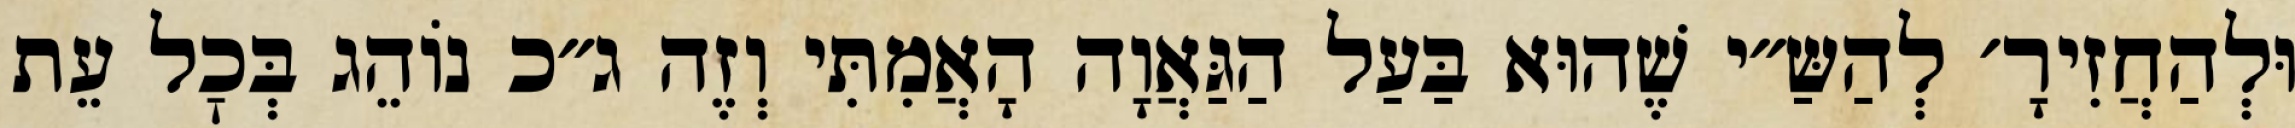
וּלְהַחֲזִירָ׳ לְהַשַּ״י שֶׁהוּא בַּעַל הַגַּאֲוָה הָאֲמִתִּי וְזֶה ג״כ נוֹהֵג בְּכׇל עֵת